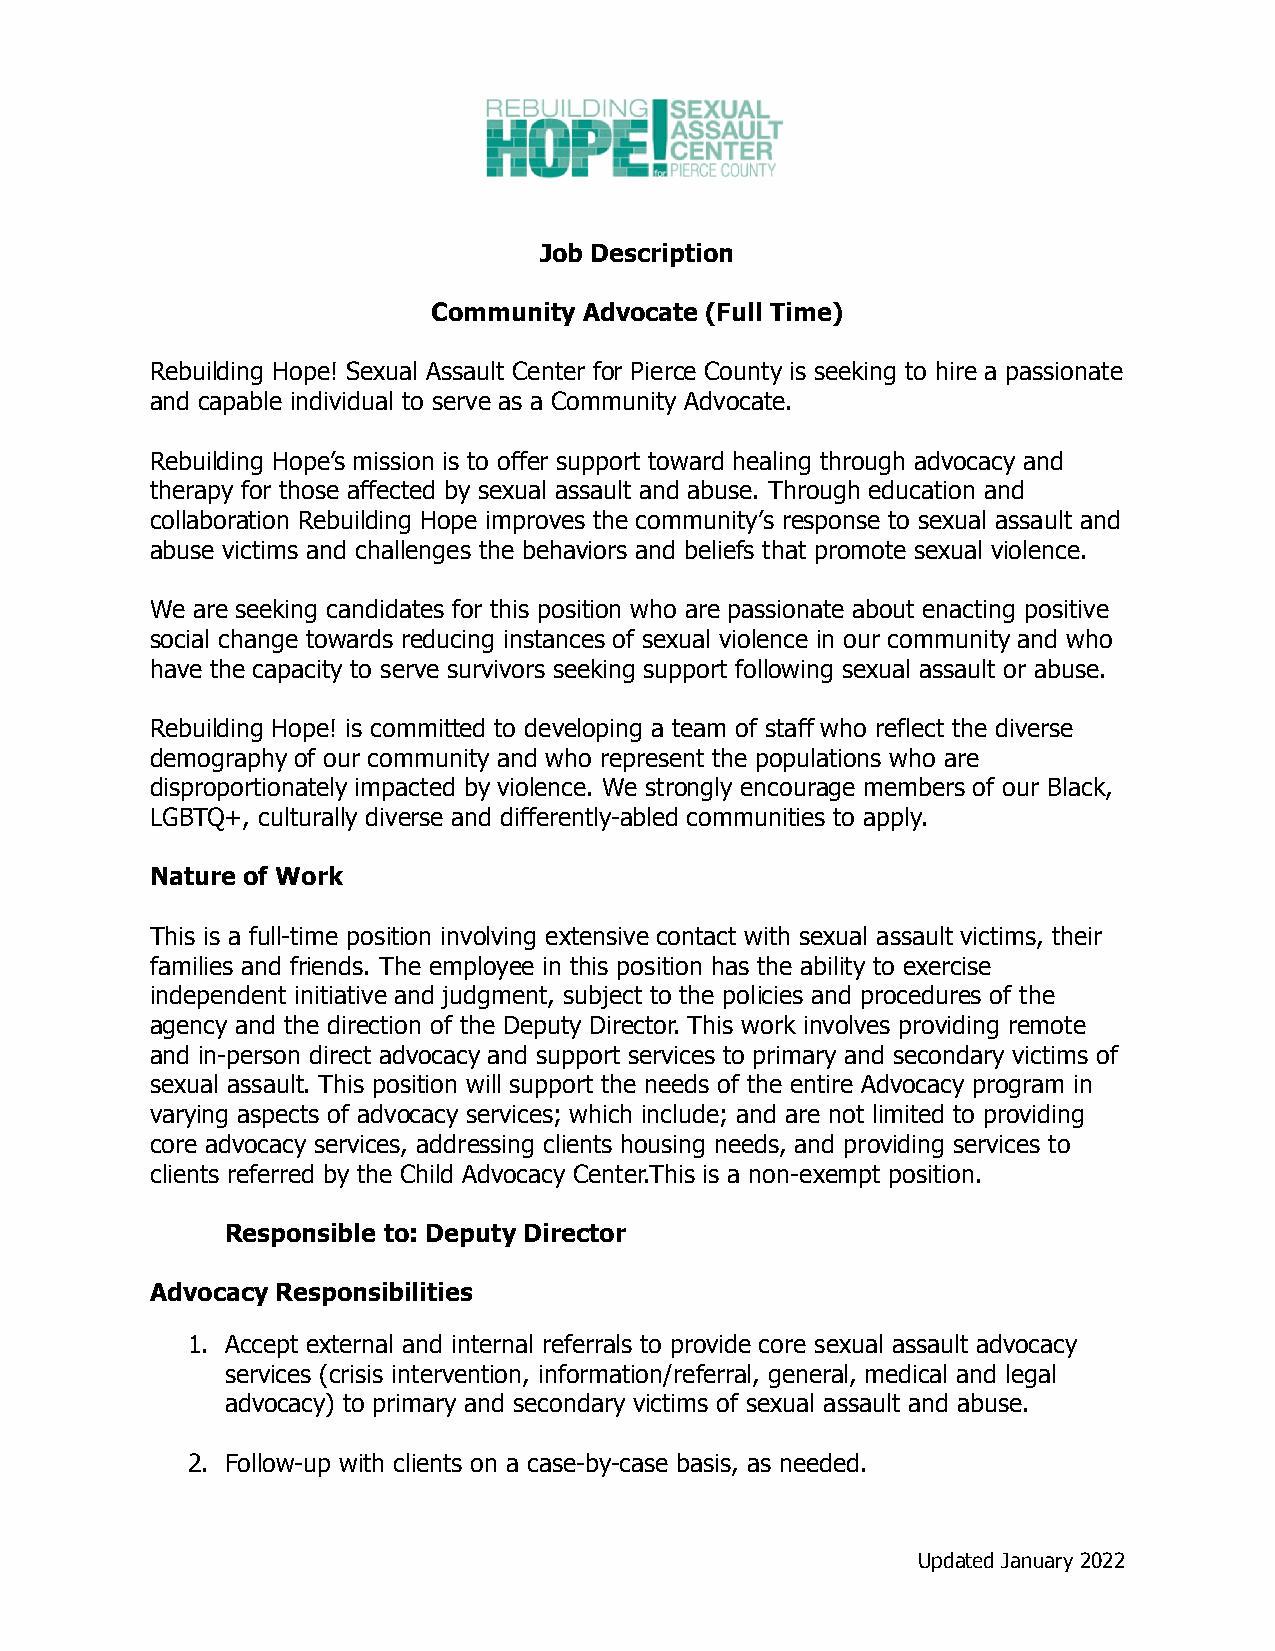
Job Description
 Community Advocate (Full Time)
 Rebuilding Hope! Sexual Assault Center for Pierce County is seeking to hire a passionate
 and capable individual to serve as a Community Advocate.
 Rebuilding Hope’s mission is to offer support toward healing through advocacy and
 therapy for those affected by sexual assault and abuse. Through education and
 collaboration Rebuilding Hope improves the community’s response to sexual assault and
 abuse victims and challenges the behaviors and beliefs that promote sexual violence.
 We are seeking candidates for this position who are passionate about enacting positive
 social change towards reducing instances of sexual violence in our community and who
 have the capacity to serve survivors seeking support following sexual assault or abuse.
 Rebuilding Hope! is committed to developing a team of staff who reflect the diverse
 demography of our community and who represent the populations who are
 disproportionately impacted by violence. We strongly encourage members of our Black,
 LGBTQ+, culturally diverse and differently-abled communities to apply.
 Nature of Work
 This is a full-time position involving extensive contact with sexual assault victims, their
 families and friends. The employee in this position has the ability to exercise
 independent initiative and judgment, subject to the policies and procedures of the
 agency and the direction of the Deputy Director. This work involves providing remote
 and in-person direct advocacy and support services to primary and secondary victims of
 sexual assault. This position will support the needs of the entire Advocacy program in
 varying aspects of advocacy services; which include; and are not limited to providing
 core advocacy services, addressing clients housing needs, and providing services to
 clients referred by the Child Advocacy Center.This is a non-exempt position.
 Responsible to: Deputy Director
 Advocacy Responsibilities
 1. Accept external and internal referrals to provide core sexual assault advocacy
 services (crisis intervention, information/referral, general, medical and legal
 advocacy) to primary and secondary victims of sexual assault and abuse.
 2. Follow-up with clients on a case-by-case basis, as needed.
 Updated January 2022